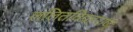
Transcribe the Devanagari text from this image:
ललितविग्रहराजः